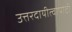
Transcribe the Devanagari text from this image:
उत्तरदायीत्वापोटी